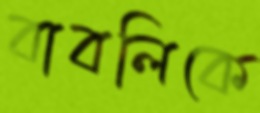
বাবলিকে